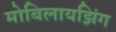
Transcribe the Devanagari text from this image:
मोबिलायझिंग